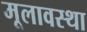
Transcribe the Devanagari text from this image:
मूलावस्था